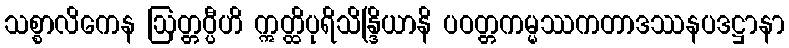
သစ္စာလိကေန ဩတ္တပ္ပီဟိ ဣတ္ထိပုရိသိန္ဒြိယာနိ ပဝတ္တကမ္မဿကတာဒဿနပဒဋ္ဌာနာ